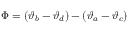
\Phi = ( \vartheta _ { b } - \vartheta _ { d } ) - ( \vartheta _ { a } - \vartheta _ { c } )